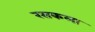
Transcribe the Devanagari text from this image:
रसकला